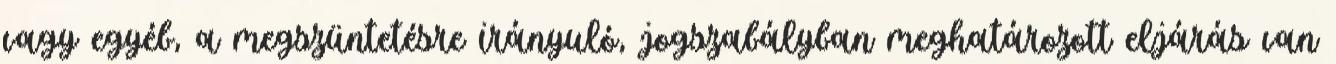
vagy egyéb, a megszüntetésre irányuló, jogszabályban meghatározott eljárás van